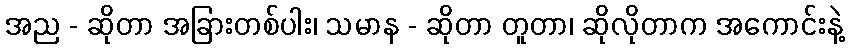
အည - ဆိုတာ အခြားတစ်ပါး၊ သမာန - ဆိုတာ တူတာ၊ ဆိုလိုတာက အကောင်းနဲ့